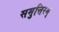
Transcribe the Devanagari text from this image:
समुत्तिरम्